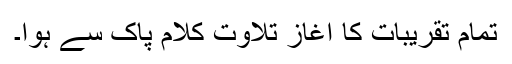
تمام تقریبات کا آغاز تلاوتِ کلام پاک سے ہوا۔